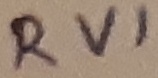
Text: RV1